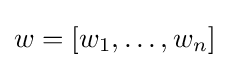
w=[w_{1},\dots ,w_{n}]